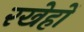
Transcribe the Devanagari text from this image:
रखेहों